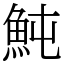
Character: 魨